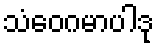
သံဝေဂမာပါဒု